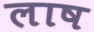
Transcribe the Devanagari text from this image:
लाष